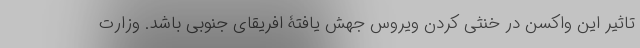
تاثیر این واکسن در خنثی کردن ویروس جهش یافتۀ افریقای جنوبی باشد. وزارت